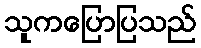
သူကပြောပြသည်